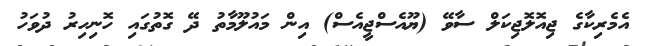
އެމެރިކާގެ ޖިއޮލޮޖިކަލް ސާވޭ (ޔޫއެސްޖީއެސް) އިން މައުލޫމާތު ދޭ ގޮތުގައި ހޮނިހިރު ދުވަހު